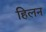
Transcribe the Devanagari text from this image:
हिलन